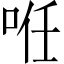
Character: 𠲏